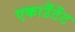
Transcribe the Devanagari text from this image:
एकाउँटेंट